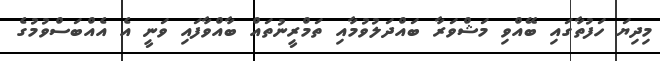
މިދިޔަ ހަފުތާގައި ބޭއްވި މަޝްވަރާ ބައްދަލުވުމާއި ތަމްރީނުތައް ބާއްވާފައި ވަނީ އެ އެއްބަސްވުމުގެ